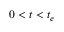
0 < t < t _ { e }